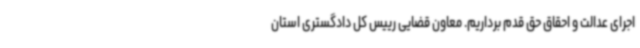
اجرای عدالت و احقاق حق قدم برداریم. معاون قضایی رییس کل دادگستری استان